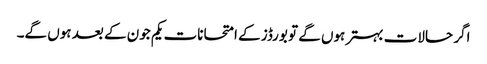
اگر حالات بہتر ہوں گے تو بورڈز کے امتحانات یکم جون کے بعد ہوں گے۔